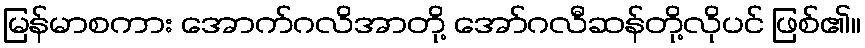
မြန်မာစကား အောက်ဂလိအာတို့ အော်ဂလီဆန်တို့လိုပင် ဖြစ်၏။